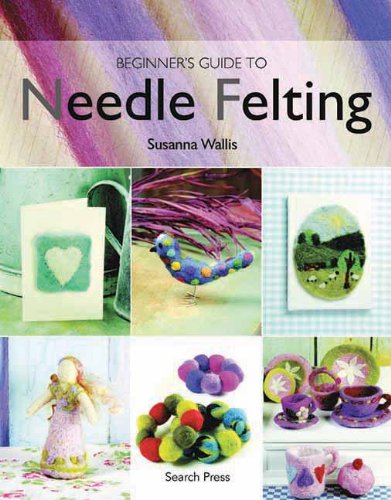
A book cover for Beginner's Guide to Needle Felting; Susanna Wallis; Crafts, Hobbies & Home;